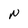
Character: n